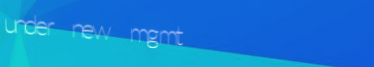
under new mgmt